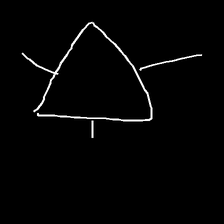
Glyph: fire